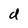
Character: d